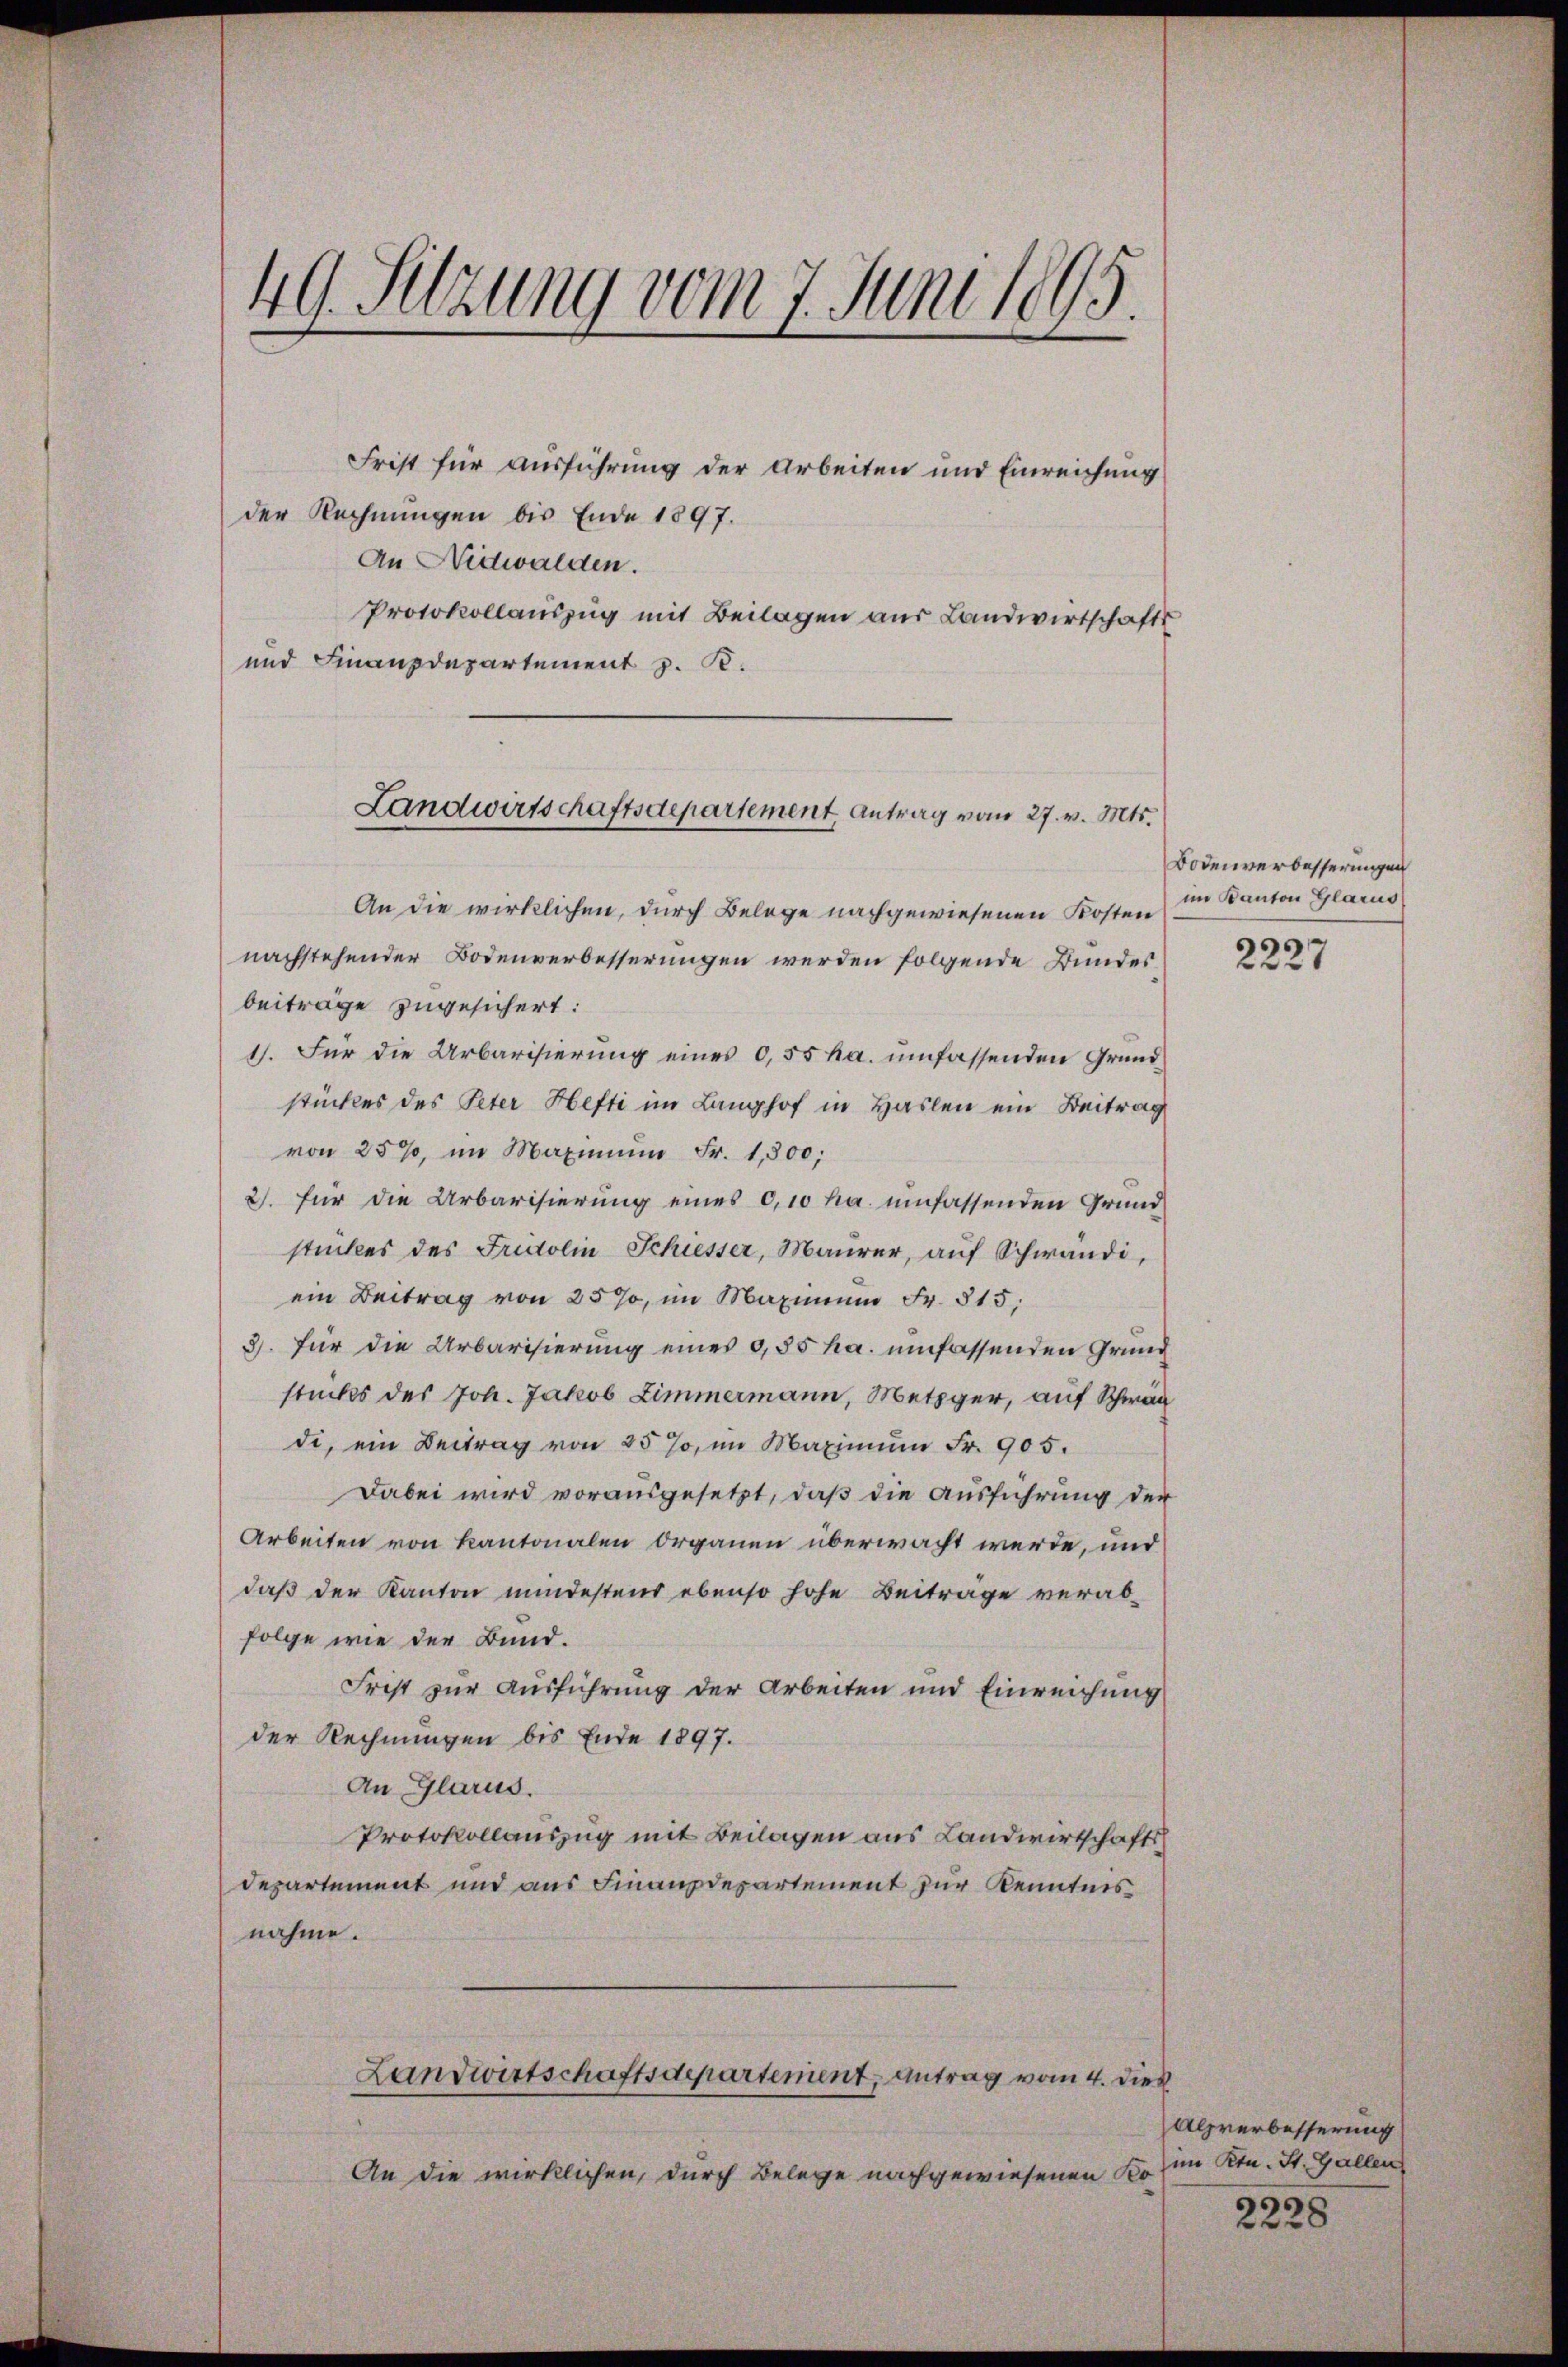
49. Setzung vom 7. Juni 1895.

Frist für ausführung der Arbeiten und Einreichung
der Rechnungen bis Ende 1897.
An Nidwalden.
Protokollauszug mit Beilagen aus Landwirtschafts
und Finanzdepartement z. B.

Landwirtschaftsdepartement Antrag vom 27. v. Mts.

An die wirklichen, durch Belege nachgewiesenen Kosten
nachstehender Bodenverbesserungen werden folgende Bundes
beiträge zugesichert:
1). Für die Urbarisierung eines 0,55 ha. umfassenden Grundstückes des Peter Hefti im Langhof in Haslen ein Beitrag
von 25%, im Maximum Fr. 1,800;
2. für die Urbarisierung eines 0,10 ha umfassenden Grund
stückes des Fridolin Schiesser, Maŭrer, aŭf Schwandi,
ein Beitrag von 25%, im Maximum Fr. 815,
3). Für die Urbarisierung eines 9,85 ha. umfassenden Grund
stücks des Joh. Jakob Zimmermann, Metzger, auf Schwän
di, ein Beitrag von 25 %, im Maximŭm Fr. 905.
Dabei wird vorausgesetzt, daß die Ausführung der
Arbeiten von Kantonalen Organen überwacht werde, und
daß der Kanton mindestens ebenso hohe Beiträge verabfolge wie der Bund.
Frist zur Ausführung der Arbeiten und Einreichung
der Rechnungen bis Ende 1897.
An Glarus.
Protokollauszug mit Beilagen aus Landwirtschafts
Departement und aus Finanzdepartement zur Kenntnis
nahme.
Landwirtschaftsdepartement, antrag vom 4. dies
An die wirklichen, durch Belege nachgewiesenen Ko¬

Bodenverbesserungen
im Kanton Glarus

2227

Alpverbesserung
im Ktn. St. Gallen,

2228